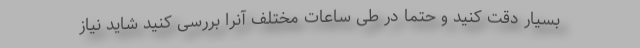
بسیار دقت کنید و حتما در طی ساعات مختلف آنرا بررسی کنید شاید نیاز